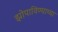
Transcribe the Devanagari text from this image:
झोपाविण्याच्या